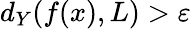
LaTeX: d_{Y}(f(x),L)>\varepsilon